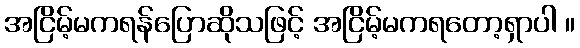
အငြိမ့်မကရန်ပြောဆိုသဖြင့် အငြိမ့်မကရတော့ရှာပါ ။